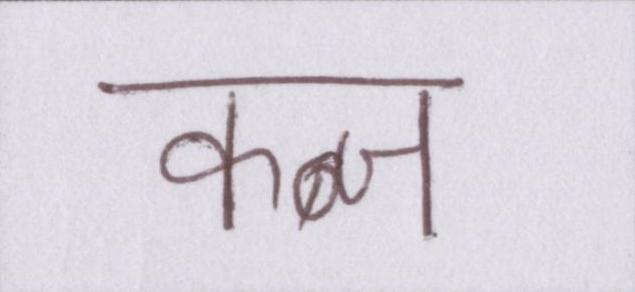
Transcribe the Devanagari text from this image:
कब्ज